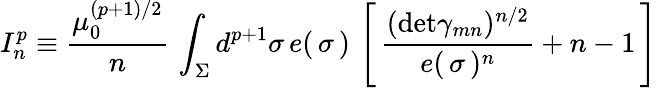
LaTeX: I_{n}^{p}\equiv\frac{\mu_{0}^{(p+1)/2}}{n}\, \int_{\Sigma}d^{p+1}\sigma\, e(\, \sigma\, )\, \left[\, {\frac{(\mathrm{det}\gamma_{mn})^{n/2}}{e(\, \sigma\, )^{n}}}+n-1\, \right]